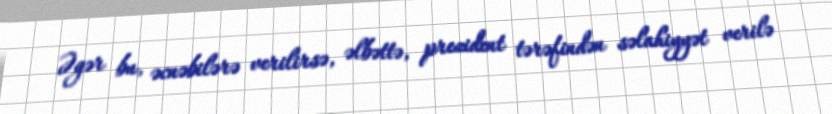
Əgər bu, əcnəbilərə verilirsə, əlbəttə, prezident tərəfindən səlahiyyət verilə